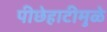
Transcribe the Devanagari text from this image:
पीछेहाटीमुळे